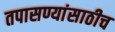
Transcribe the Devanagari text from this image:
तपासण्यांसाठीच